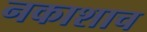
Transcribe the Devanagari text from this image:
नकाशाच